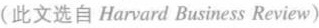
(此文选自Harvard Business Review)